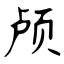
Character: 颅